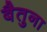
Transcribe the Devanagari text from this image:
बैतुना